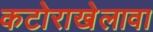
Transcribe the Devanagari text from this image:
कटोराखेलावा